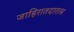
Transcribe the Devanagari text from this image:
जाहिरातदारास